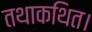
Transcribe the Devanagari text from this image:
तथाकथित।